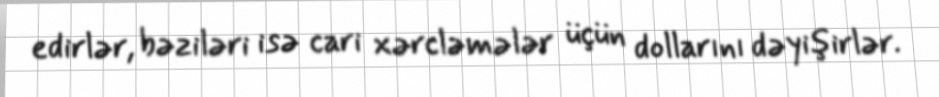
edirlər, bəziləri isə cari xərcləmələr üçün dollarını dəyişirlər.